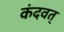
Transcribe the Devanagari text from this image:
कंदवत्‌